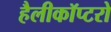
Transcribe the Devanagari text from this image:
हैलीकॉप्टरो